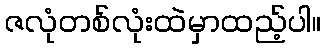
ဇလုံတစ်လုံးထဲမှာထည့်ပါ။